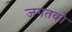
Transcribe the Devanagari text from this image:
जगतको